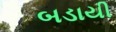
બડાયી